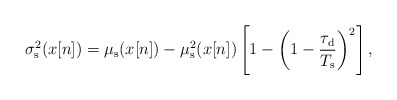
\begin{align*}\sigma_{\rm s}^2 (x[n])=\mu_{\rm s} (x[n])-\mu_{\rm s}^2 (x[n])\left[1-\left(1-\frac{\tau_{\rm d}}{T_{\rm s}}\right)^2\right],\end{align*}